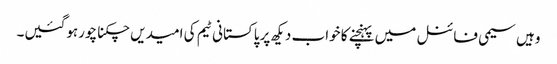
وہیں سیمی فائنل میں پہنچنے کا خواب دیکھ پرپاکستانی ٹیم کی امیدیں چکنا چورہوگئیں۔